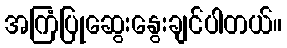
အကြံပြုဆွေးနွေးချင်ပါတယ်။